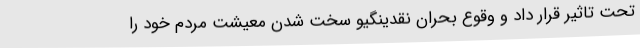
تحت تاثیر قرار داد و وقوع بحران نقدینگیو سخت شدن معیشت مردم خود را